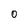
Character: 0